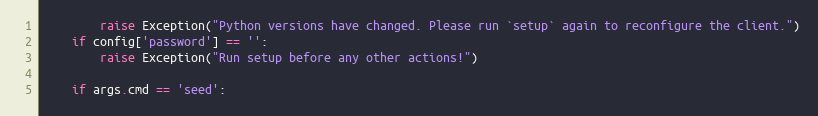
Language: Python
        raise Exception("Python versions have changed. Please run `setup` again to reconfigure the client.")
    if config['password'] == '':
        raise Exception("Run setup before any other actions!")

    if args.cmd == 'seed':